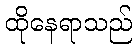
ထိုနေရာသည်